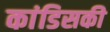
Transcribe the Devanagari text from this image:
कांडिसकी